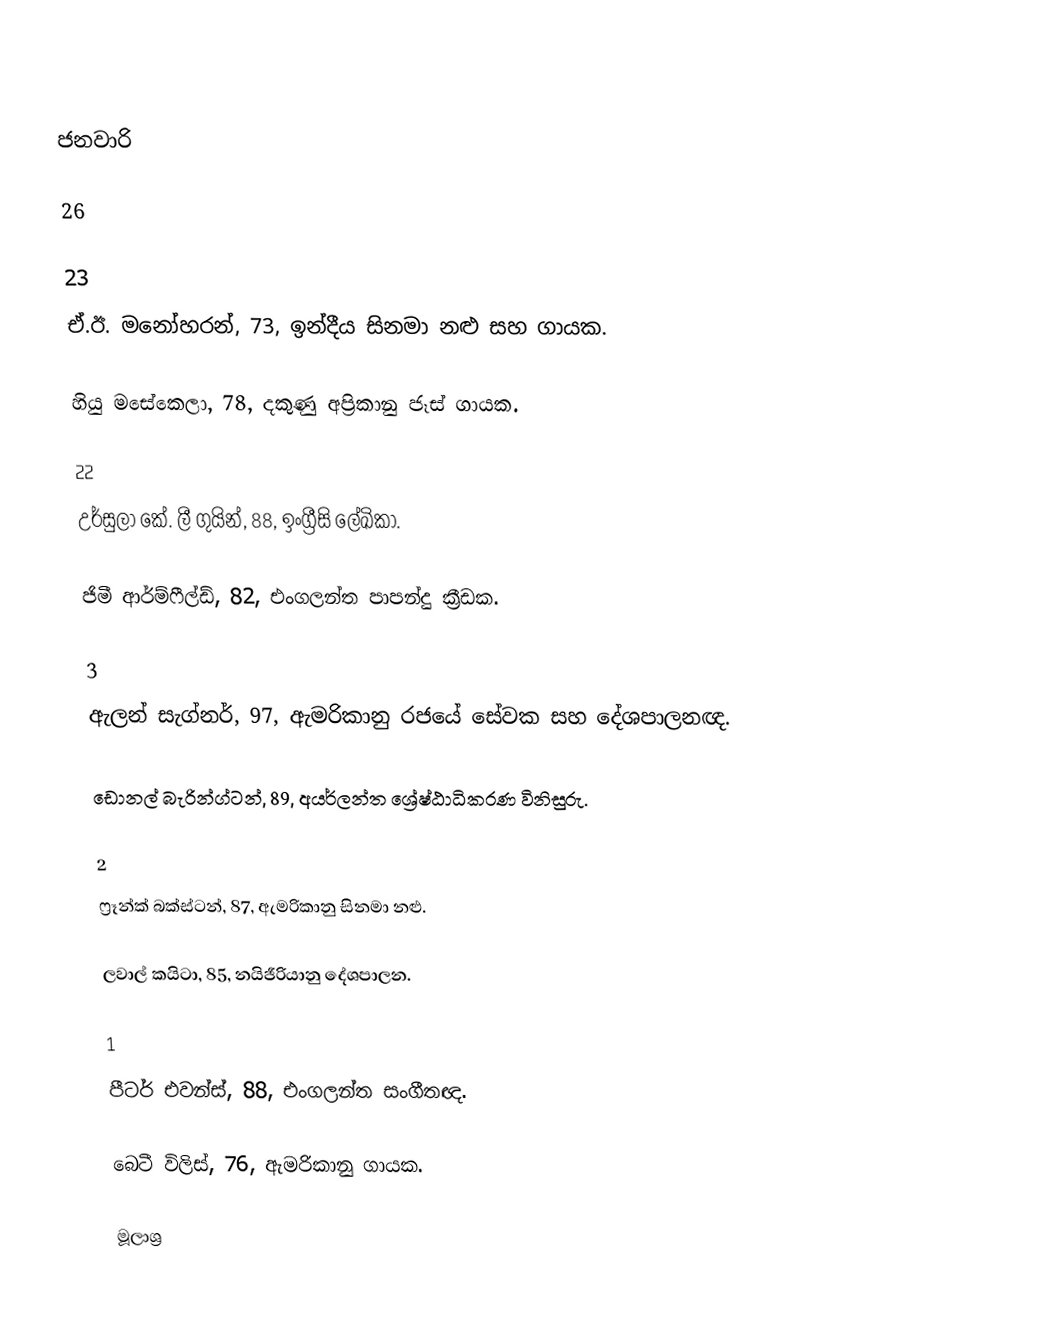

ජනවාරි

26

23
ඒ.ඊ. මනෝහරන්, 73, ඉන්දීය සිනමා නළු සහ ගායක.

හියු මසේකෙලා, 78, දකුණු අප‍්‍රිකානු ජෑස් ගායක.

22
උර්සුලා කේ. ලී ගුයින්, 88, ඉංග්‍රීසි ලේඛිකා.

ජිමී ආර්ම්ෆීල්ඩ්, 82, එංගලන්ත පාපන්දු ක්‍රීඩක.

3
ඇලන් සැග්නර්, 97, ඇමරිකානු රජයේ සේවක සහ දේශපාලනඥ.

ඩොනල් බැරින්ග්ටන්, 89, අයර්ලන්ත ශ්‍රේෂ්ඨාධිකරණ විනිසුරු.

2
ෆ්‍රෑන්ක් බක්ස්ටන්, 87, ඇමරිකානු සිනමා නළු.

ලවාල් කයිටා, 85, නයිජීරියානු දේශපාලන.

1
පීටර් එවන්ස්, 88, එංගලන්ත සංගීතඥ.

බෙටී විලිස්, 76, ඇමරිකානු ගායක.

මූලාශ්‍ර